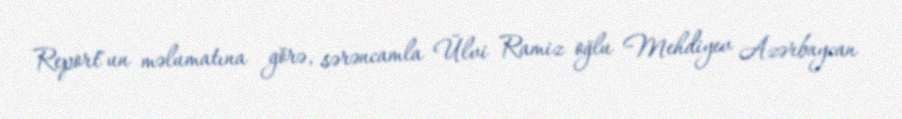
Report"un məlumatına görə, sərəncamla Ülvi Ramiz oğlu Mehdiyev Azərbaycan